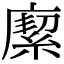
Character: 緳